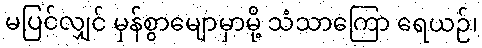
မပြင်လျှင် မှန်စွာမျောမှာမို့ သံသာကြော ရေယဉ်၊